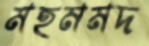
মহমমদ